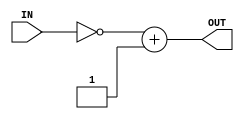
/*
Authers     : WIJERATHNA I.M.K.D.I.     e19446@eng.pdn.ac.lk
              DISSANAYAKE D.M.I.G.      e19090@eng.pdn.ac.lk
Lab         : Lab 5 part 3
              twos_compliment.v
Last Updated: Tuesday, May 23, 2023 4:25:00 PM
*/

module twos_compliment(IN,OUT);
    // declaring ports
    input [7:0] IN;
    output [7:0] OUT;

    // 2's complement operation
        //adding artificial delay of 1 second
        // Out = (fipping the bits in IN) + 1
    assign #1 OUT =(~IN)+1;

endmodule



/*

//test twos_compliment
module stimulus;

    reg [7:0] IN;
    wire [7:0] OUT;

    twos_compliment test_tc(IN,OUT);

    initial begin
        IN=8'b00001111;
        #5
        $display("%b",OUT);

    end
endmodule 
*/